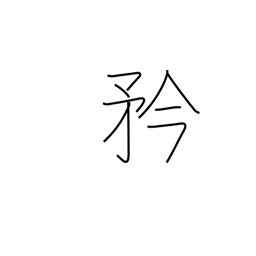
Meaning: pride